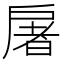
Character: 𫼏